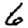
Digit: 6